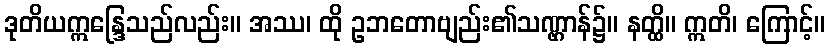
ဒုတိယဣန္ဒြေသည်လည်း။ အဿ၊ ထို ဥဘတောဗျည်း၏သဏ္ဌာန်၌။ နတ္ထိ။ ဣတိ၊ ကြောင့်။